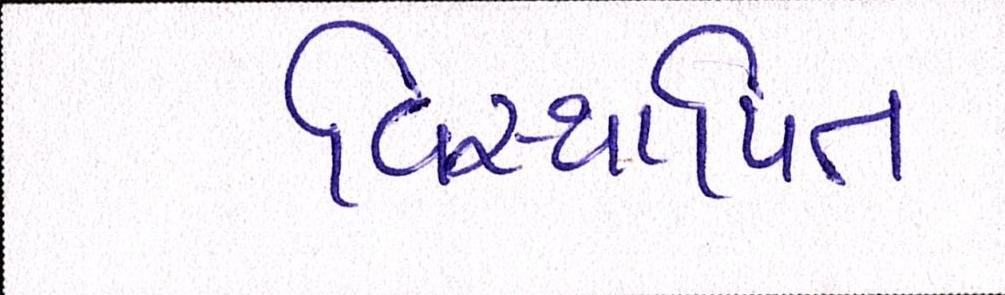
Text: વિસ્થાપિત